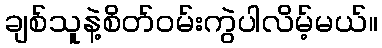
ချစ်သူနဲ့စိတ်ဝမ်းကွဲပါလိမ့်မယ်။